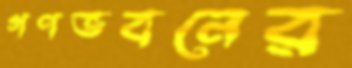
গণভবনের